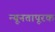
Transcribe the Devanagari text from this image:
न्यूनतापूरक